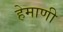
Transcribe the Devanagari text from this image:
हेमाणी